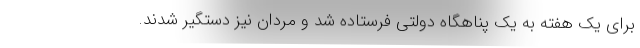
برای یک هفته به یک پناهگاه دولتی فرستاده شد و مردان نیز دستگیر شدند.